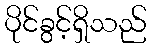
ပိုင်ခွင့်ရှိသည်